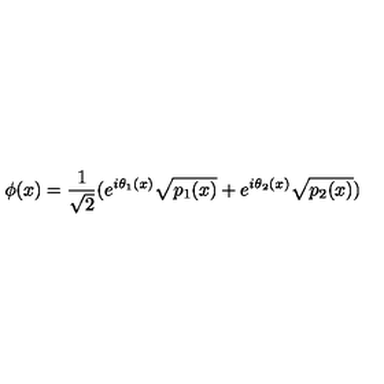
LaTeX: \phi ( x ) = \frac { 1 } { \sqrt { 2 } } ( e ^ { i \theta _ { 1 } ( x ) } \sqrt { p _ { 1 } ( x ) } + e ^ { i \theta _ { 2 } ( x ) } \sqrt { p _ { 2 } ( x ) } )